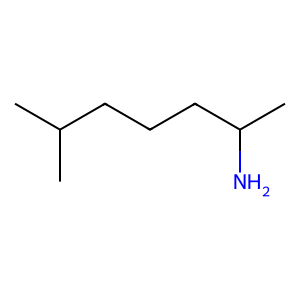
SMILES: CC(C)CCCC(C)N
Inhibits HIV replication: No